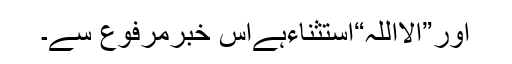
اور”الااللہ“استثناءہےاس خبرِمرفوع سے۔